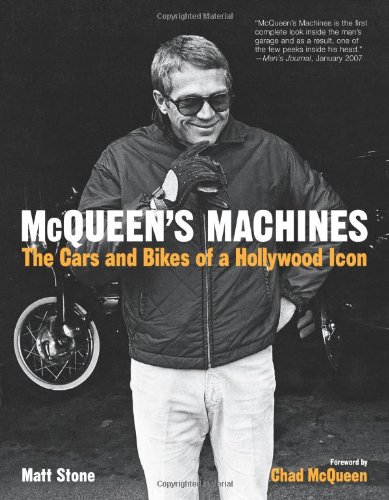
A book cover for McQueen's Machines: The Cars and Bikes of a Hollywood Icon; Matt Stone; Engineering & Transportation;